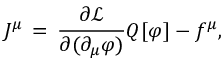
J ^ { \mu } \, = \, { \frac { \partial { \mathcal { L } } } { \partial ( \partial _ { \mu } \varphi ) } } Q [ \varphi ] - f ^ { \mu } ,